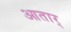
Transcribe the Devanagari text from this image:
आतार्